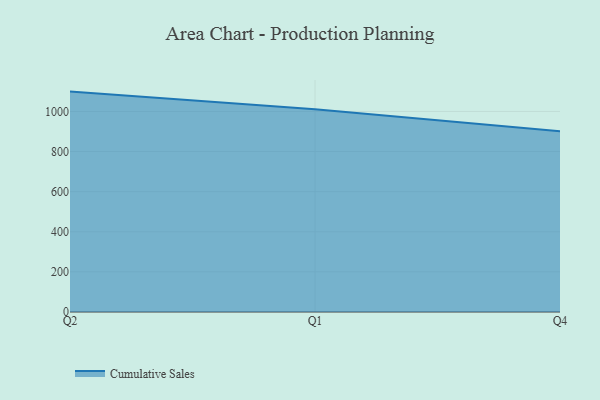
{"axis": {"x": "Quarter", "y": "Revenue (USD Million)"}, "legend": ["Cumulative Sales"], "data": [{"x": "Q2", "y": 1098.9, "type": "Cumulative Sales"}, {"x": "Q1", "y": 1010.6, "type": "Cumulative Sales"}, {"x": "Q4", "y": 900.6, "type": "Cumulative Sales"}]}